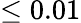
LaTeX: \le 0.01